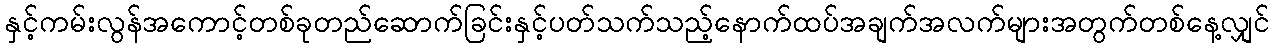
နှင့်ကမ်းလွန်အကောင့်တစ်ခုတည်ဆောက်ခြင်းနှင့်ပတ်သက်သည့်နောက်ထပ်အချက်အလက်များအတွက်တစ်နေ့လျှင်